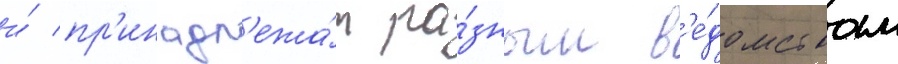
и́ пр'инадл'ежа́т ра́зным в'е́домствам